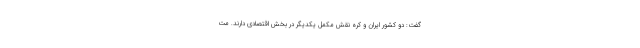
گفت: دو کشور ایران و کره نقش مکمل یکدیگر در بخش اقتصادی دارند. مت